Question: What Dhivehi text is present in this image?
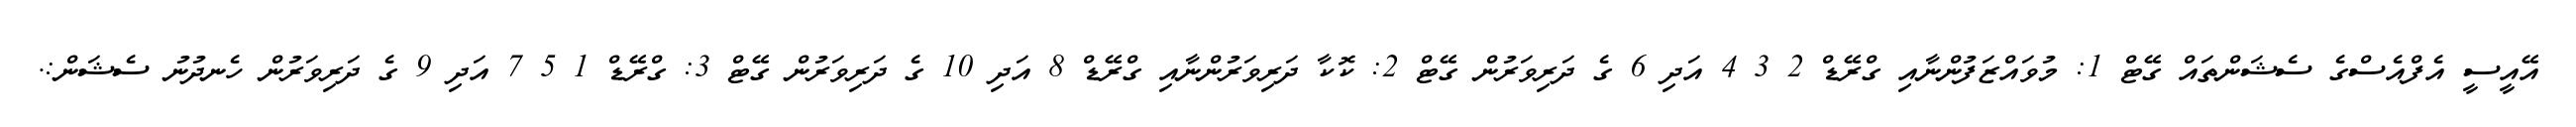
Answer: އޭއީސީ އެފްއެސްގެ ސެޝަންތައް ގޭޓް 1: މުވައްޒަފުންނާއި ގްރޭޑް 2 3 4 އަދި 6 ގެ ދަރިވަރުން ގޭޓް 2: ކޮކާ ދަރިވަރުންނާއި ގްރޭޑް 8 އަދި 10 ގެ ދަރިވަރުން ގޭޓް 3: ގްރޭޑް 1 5 7 އަދި 9 ގެ ދަރިވަރުން ހެނދުނު ސެޝަން:.